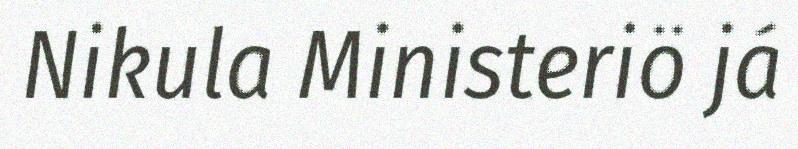
Nikula Ministeriö já